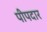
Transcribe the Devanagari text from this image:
पीपदार